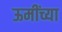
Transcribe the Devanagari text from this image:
ऊमींच्या